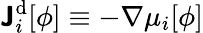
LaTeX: \boldsymbol{\mathsf{J}}_{i}^{\mathrm{{d}}}[\phi]\equiv-\nabla{\mu_{i}}[\phi]